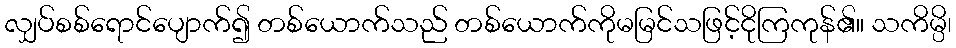
လျှပ်စစ်ရောင်ပျောက်၍ တစ်ယောက်သည် တစ်ယောက်ကိုမမြင်သဖြင့်ငိုကြကုန်၏။ သကိမ္ပိ၊